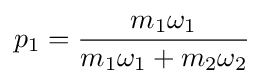
p_{1}={\frac {m_{1}\omega _{1}}{m_{1}\omega _{1}+m_{2}\omega _{2}}}